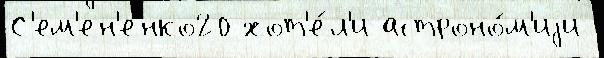
С'ем'ен'енко20 хот'е́л'и астроно́м'иjи